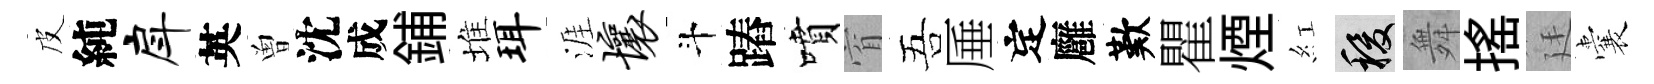
皮純戽英曽沈成鋪堆珥涯壤斗蹖噴窅吾厜定廱歎瞿煙紅稷舞揺廷囊